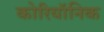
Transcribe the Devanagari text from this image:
कोरियॉनिक